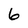
Character: 6